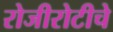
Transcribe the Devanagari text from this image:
रोजीरोटीचे